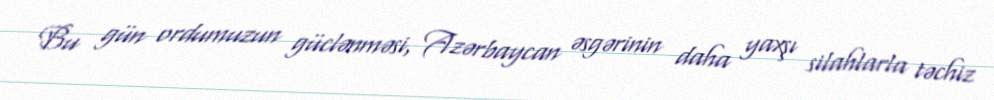
Bu gün ordumuzun güclənməsi, Azərbaycan əsgərinin daha yaxşı silahlarla təchiz